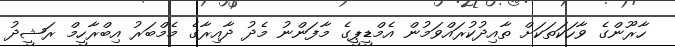
ހާރޫންގެ ވާހަކަތަކަށް ތާއިދުކުރައްވަމުން އެމްޑީޕީގެ މާފަންނު މެދު ދާއިރާގެ މެމްބަރު އިބްރާހީމް ރަޝީދު